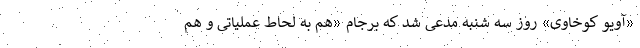
«آویو کوخاوی» روز سه شنبه مدعی شد که برجام «هم به لحاط عملیاتی و هم